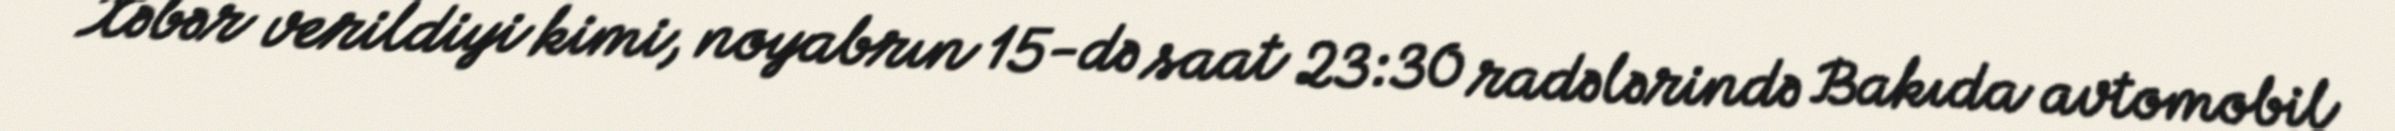
Xəbər verildiyi kimi, noyabrın 15-də saat 23:30 radələrində Bakıda avtomobil